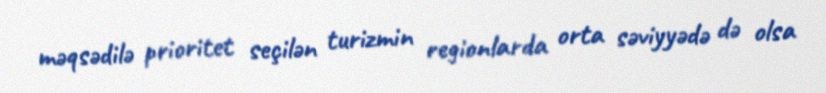
məqsədilə prioritet seçilən turizmin regionlarda orta səviyyədə də olsa